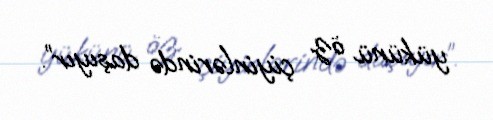
yükünü öz çiyinlərində daşıyır”.